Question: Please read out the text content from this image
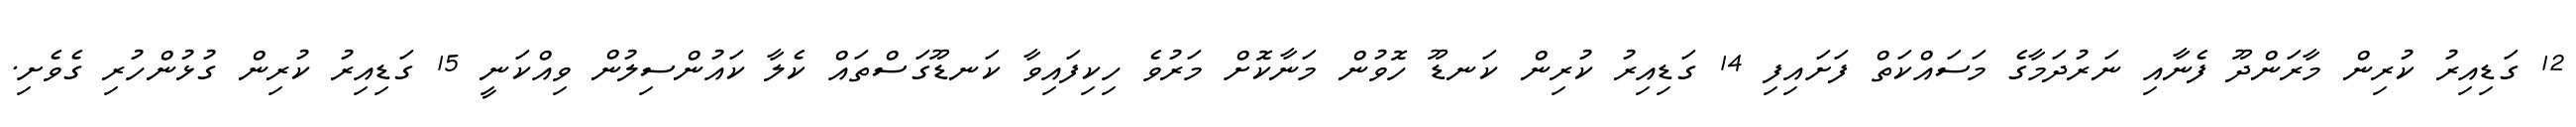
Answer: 12 ގަޑިއިރު ކުރިން މާރަންދޫ ފެނާއި ނަރުދަމާގެ މަސައްކަތް ފަށައިފި 14 ގަޑިއިރު ކުރިން ކަނޑޫ ހޮވުން މަނާކޮށް މަރުވެ ހިކިފައިވާ ކަނޑޫގަސްތައް ކެލާ ކައުންސިލުން ވިއްކަނީ 15 ގަޑިއިރު ކުރިން ގުޅުންހުރި ގެވެށި.